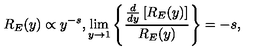
R _ { E } ( y ) \propto y ^ { - s } , \lim _ { y \rightarrow 1 } \left\{ \frac { \frac { d } { d y } \left[ R _ { E } ( y ) \right] } { R _ { E } ( y ) } \right\} = - s ,